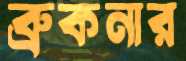
ব্রুকনার